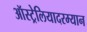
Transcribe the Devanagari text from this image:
ऑस्ट्रेलियादरम्यान